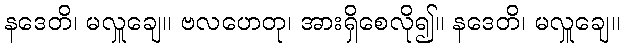
နဒေတိ၊ မလှူချေ။ ဗလဟေတု၊ အားရှိစေလို၍။ နဒေတိ၊ မလှူချေ။